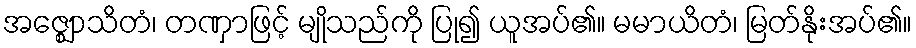
အဇ္ဈောသိတံ၊ တဏှာဖြင့် မျိုသည်ကို ပြု၍ ယူအပ်၏။ မမာယိတံ၊ မြတ်နိုးအပ်၏။